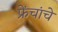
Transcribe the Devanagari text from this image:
फ्रेंचांचे